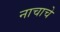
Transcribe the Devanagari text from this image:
नाचाचे